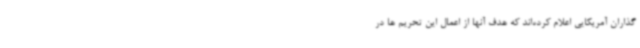
گذاران آمریکایی اعلام کرده‌اند که هدف آنها از اعمال این تحریم ها در